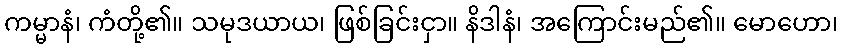
ကမ္မာနံ၊ ကံတို့၏။ သမုဒယာယ၊ ဖြစ်ခြင်းငှာ။ နိဒါနံ၊ အကြောင်းမည်၏။ မောဟော၊